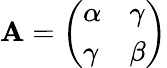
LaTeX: \mathbf{A}=\left(\begin{array}{ll}{\alpha}&{\gamma}\\ {\gamma}&{\beta}\end{array}\right)